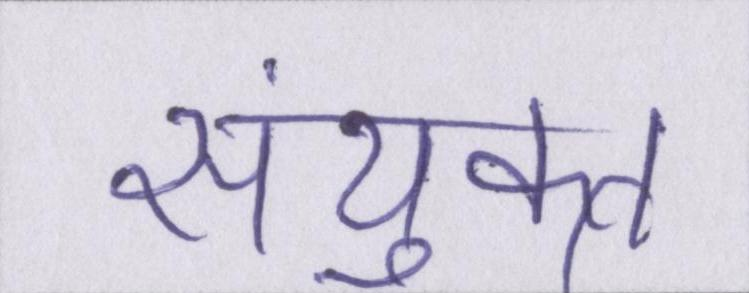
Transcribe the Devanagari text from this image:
संयुक्त